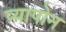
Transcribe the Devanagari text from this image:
प्यापोन